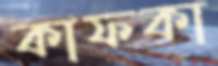
কাফকা